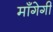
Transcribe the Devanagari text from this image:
माँगेगी